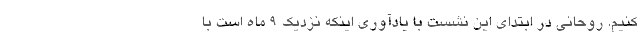
کنیم. روحانی در ابتدای این نشست با یادآوری اینکه نزدیک ۹ ماه است با